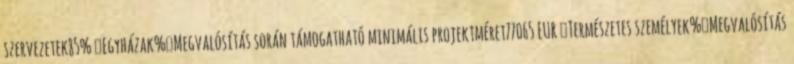
szervezetek85% ▪Egyházak%▪Megvalósítás során támogatható minimális projektméret77065 EUR ▪Természetes személyek%▪Megvalósítás